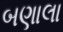
બણાલા